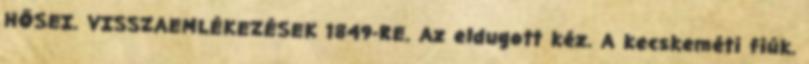
HŐSEI. VISSZAEMLÉKEZÉSEK 1849-RE. Az eldugott kéz. A kecskeméti fiúk.